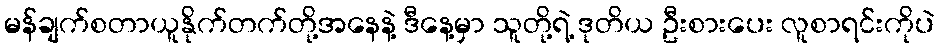
မန်ချက်စတာယူနိုက်တက်တို့အနေနဲ့ ဒီနေ့မှာ သူတို့ရဲ့ ဒုတိယ ဦးစားပေး လူစာရင်းကိုပဲ